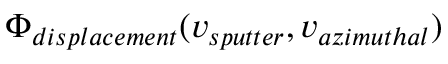
\Phi _ { d i s p l a c e m e n t } ( v _ { s p u t t e r } , v _ { a z i m u t h a l } )